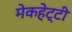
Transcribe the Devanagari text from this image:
मेकहेट्टी